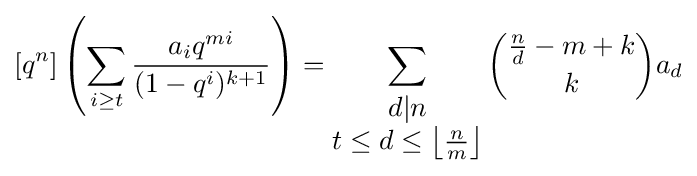
[q^{n}]\left(\sum _{i\geq t}{\frac {a_{i}q^{mi}}{(1-q^{i})^{k+1}}}\right)=\sum _{\begin{matrix}d|n\\t\leq d\leq \left\lfloor {\frac {n}{m}}\right\rfloor \end{matrix}}{\binom {{\frac {n}{d}}-m+k}{k}}a_{d}